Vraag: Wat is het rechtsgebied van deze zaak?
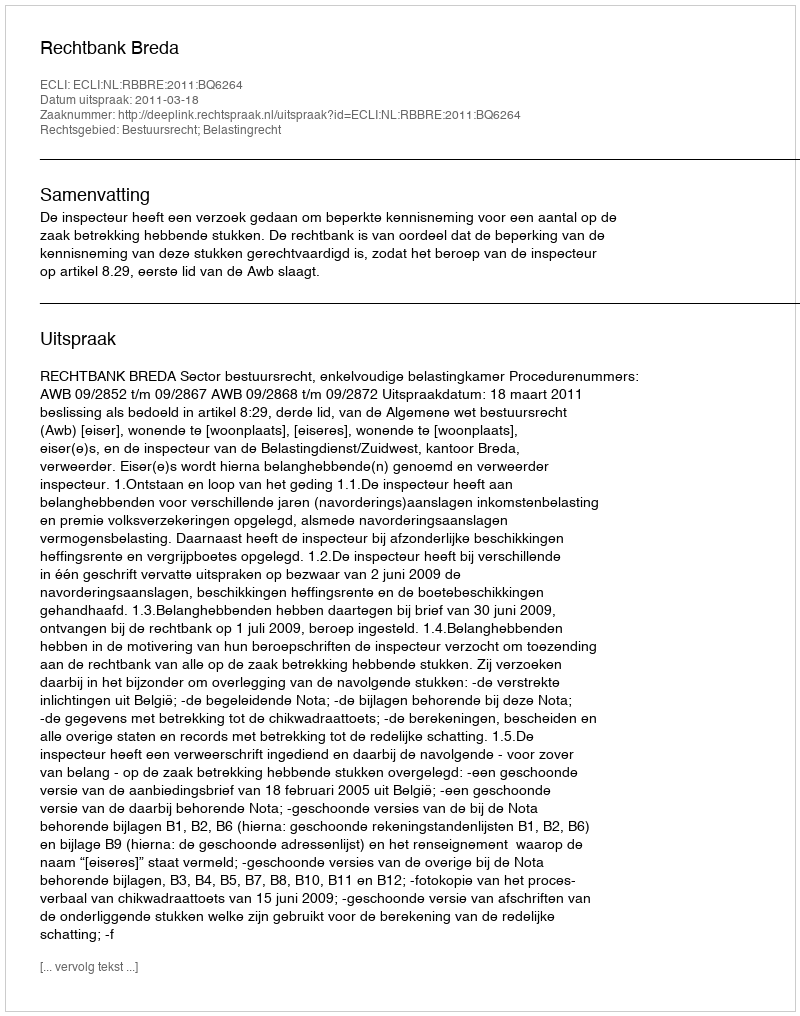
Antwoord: Bestuursrecht; Belastingrecht